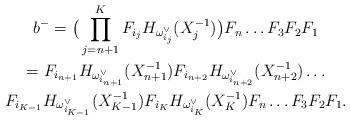
LaTeX: \begin{gather*}b^-= \big( \prod_{j=n+1}^{K} F_{i_{j}} H_{\omega^{\vee}_{i_{j}}}(X_{j}^{-1}) \big) F_n\dots F_3 F_2 F_1 \\=F_{i_{n+1}} H_{\omega^{\vee}_{i_{n+1}}}(X_{n+1}^{-1}) F_{i_{n+2}} H_{\omega^{\vee}_{i_{n+2}}}(X_{n+2}^{-1}) \dots \\F_{i_{K-1}}H_{\omega^{\vee}_{i_{K-1}}}(X_{K-1}^{-1})F_{i_K}H_{\omega^{\vee}_{i_K}}(X_{K}^{-1}) F_n\dots F_3 F_2 F_1.\end{gather*}